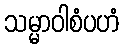
သမ္မာဝါစံပဟံ